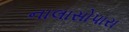
નાલાસોપારા